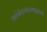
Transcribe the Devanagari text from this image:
आंबेडकरवादाचा